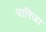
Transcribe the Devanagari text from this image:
पारिजा